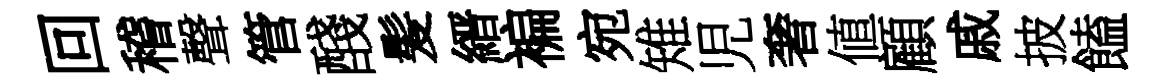
回稽聲管醆髪縉褊宛雉児奢値顧戚披饁